Civil Veterinary Dept. Assam report 1927-50 - 1927-1950
Year: 1927
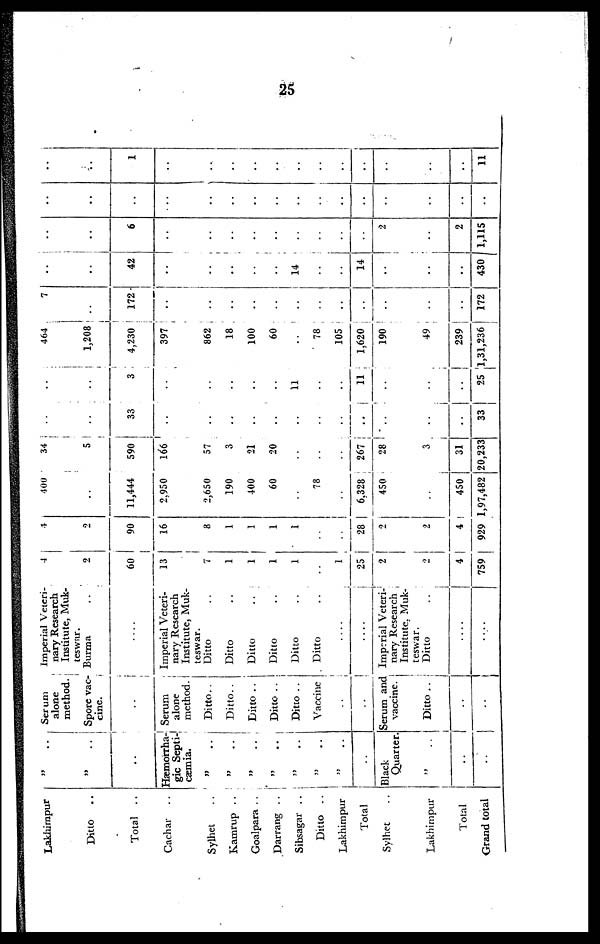
25
Lakhimpur
Ditto
..
Total ..
Cachar..
Sylhet..
Kamrup ..
Goalpara ..
Darrang ..
Sibsagar ..
Ditto ..
Lakhimpur
Total
Sylhet..
Lakhimpur
Total
Grand total
99 ..
„ ..
..
Hæmorrha-
gic Septi-
cæmia.
„ ..
„ ..
„ ..
99
„ ..
„ ..
99 ..
..
Black
Quarter.
99 ..
..
..
Serum
alone
method.
Spore vac-
cine.
..
Serum
alone
method.
Ditto..
Ditto..
Ditto ..
Ditto ..
Ditto ..
Vaccine
..
..
Serum and
vaccine.
Ditto ..
..
..
Imperial Veteri-
nary Research
Institute, Muk-
teswar.
Burma ..
....
Imperial Veteri-
nary Research
Institute, Muk-
teswar.
Ditto ..
Ditto ..
Ditto ..
Ditto ..
Ditto ..
Ditto..
..
....
Imperial Veteri-
nary Research
Institute, Muk-
teswar.
Ditto
....
....
4
2
60
13
7
1
1
1
1
..
1
25
2
2
4
759
4
2
90
16
8
1
1
1
1
..
..
28
2
2
4
929
400
..
11,444
2,950
2,650
190
400
60
..
78
..
6,328
450
..
450
1,97,482
34
5
590
166
57
3
21
20
..
..
..
267
28
3
31
20,233
..
..
33
..
..
..
..
..
..
..
..
..
..
..
..
33
..
..
3
..
..
..
..
..
11
..
..
11
..
..
..
25
464
1,208
4,230
397
862
18
100
60
..
78
105
1,620
190
49
239
l,31,236
7
..
172
..
..
..
..
..
..
..
..
..
..
..
..
172
..
..
42
..
..
..
..
..
14
..
..
14
..
..
..
430
..
..
6
..
..
..
..
..
..
..
..
..
2
..
2
1,115
..
..
..
..
..
..
..
..
..
..
..
..
..
..
..
..
..
..
1
..
..
..
..
..
..
..
..
..
..
..
..
11